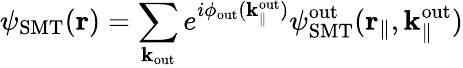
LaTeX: \psi_{\mathrm{SMT}}({\mathbf r})=\sum_{{\mathbf k}_{\mathrm{out}}}e^{i\phi_{\mathrm{out}}(\mathbf k_{\parallel}^{\mathrm{out}})}{\psi}_{\mathrm{SMT}}^{\mathrm{out}}(\textbf{r}_{\parallel},\textbf{k}_{\parallel}^{\mathrm{out}})